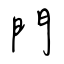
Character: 門